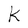
Character: k